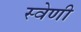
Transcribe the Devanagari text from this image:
स्वेणी